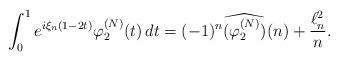
LaTeX: \begin{align*}\int_0^1 e^{i\xi_n(1-2t)}\varphi_2^{(N)}(t)\,dt = (-1)^n\widehat{(\varphi_2^{(N)})}(n)+\frac{\ell^2_n}{n}.\end{align*}